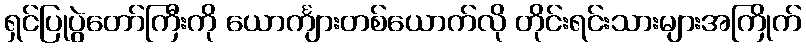
ရှင်ပြုပွဲတော်ကြီးကို ယောင်္ကျားတစ်ယောက်လို တိုင်းရင်းသားများအကြိုက်